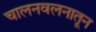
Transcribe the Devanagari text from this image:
चालनवलनातून